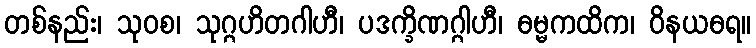
တစ်နည်း၊ သုဝစ၊ သုဂ္ဂဟိတဂါဟီ၊ ပဒက္ခိဏဂ္ဂါဟီ၊ ဓမ္မကထိက၊ ဝိနယဓရ။